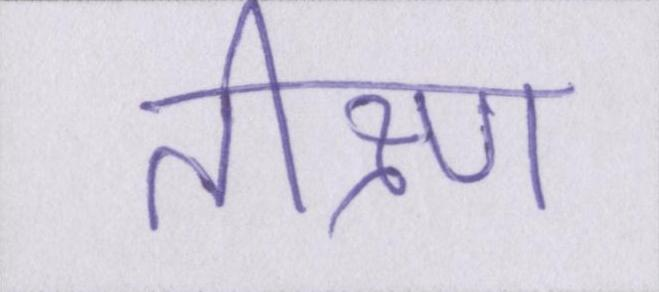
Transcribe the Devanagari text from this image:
तीक्ष्ण